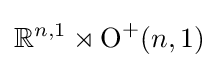
\mathbb {R} ^{n,1}\rtimes \operatorname {O} ^{+}(n,1)